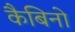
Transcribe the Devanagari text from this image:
कैबिनो